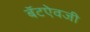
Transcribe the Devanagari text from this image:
बॅटऐवजी